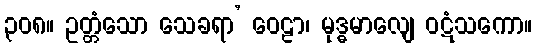
၃၀၈။ ဥတ္တံသော သေခရာ’ ဝေဠာ၊ မုဒ္ဓမာလျေ ဝဋံသကော။